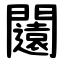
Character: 闧